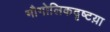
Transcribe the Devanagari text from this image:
भौगोलिकदृष्टय़ा